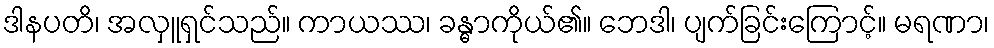
ဒါနပတိ၊ အလှူရှင်သည်။ ကာယဿ၊ ခန္ဓာကိုယ်၏။ ဘေဒါ၊ ပျက်ခြင်းကြောင့်။ မရဏာ၊